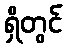
ရှိတွင်